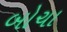
બોચા